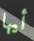
أيها